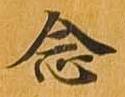
念